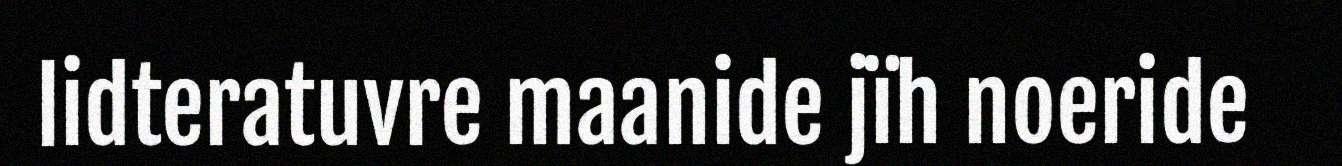
lidteratuvre maanide jïh noeride